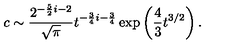
c \sim { \frac { 2 ^ { - { \frac { 5 } { 2 } } i - 2 } } { \sqrt { \pi } } } t ^ { - { \frac { 3 } { 4 } } i - { \frac { 3 } { 4 } } } \exp \left( { \frac { 4 } { 3 } } t ^ { 3 / 2 } \right) .